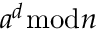
a ^ { d } { \bmod { n } }